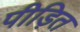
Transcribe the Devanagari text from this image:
पीड़ित